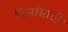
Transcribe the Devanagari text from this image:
पिसांसाठी